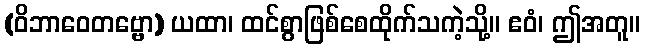
(ဝိဘာဝေတဗ္ဗော) ယထာ၊ ထင်စွာဖြစ်စေထိုက်သကဲ့သို့။ ဧဝံ၊ ဤအတူ။